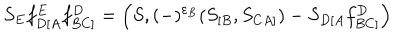
LaTeX: S _ { E } f _ { D [ A } ^ { E } f _ { B C ] } ^ { D } = \left( S , ( - ) ^ { \varepsilon _ { B } } ( S _ { [ B } , S _ { C A ] } ) - S _ { D [ A } f _ { B C ] } ^ { D } \right)